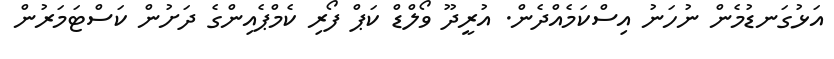
އަޅުގަނޑުމެން ނުހަނު އިސްކަމެއްދެން. އުރީދޫ ވޯލްޑް ކަޕް ފޯރި ކެމްޕެއިންގެ ދަށުން ކަސްޓަމަރުން